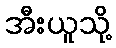
အီးယူသို့